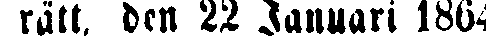
rätt. den 22 Januari 1864